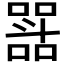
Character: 𭤝